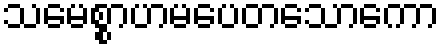
သမေစ္စာဟမပေတသောကော